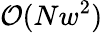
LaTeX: \mathcal{O}(Nw^{2})